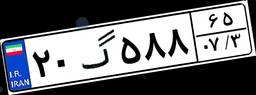
۲۰گ۵۸۸۶۵